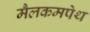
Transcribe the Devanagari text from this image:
मैलकमपेथ